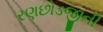
રણછોડજીની